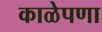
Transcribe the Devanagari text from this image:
काळेपणा